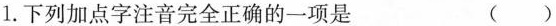
1.下列加点字注音完全正确的一项是 ( )